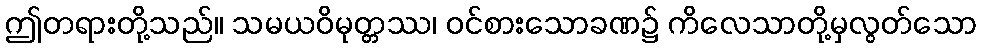
ဤတရားတို့သည်။ သမယဝိမုတ္တဿ၊ ဝင်စားသောခဏ၌ ကိလေသာတို့မှလွတ်သော